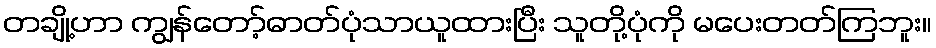
တချို့ဟာ ကျွန်တော့်ဓာတ်ပုံသာယူထားပြီး သူတို့ပုံကို မပေးတတ်ကြဘူး။